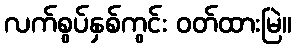
လက်စွပ်နှစ်ကွင်း ဝတ်ထားမြဲ။